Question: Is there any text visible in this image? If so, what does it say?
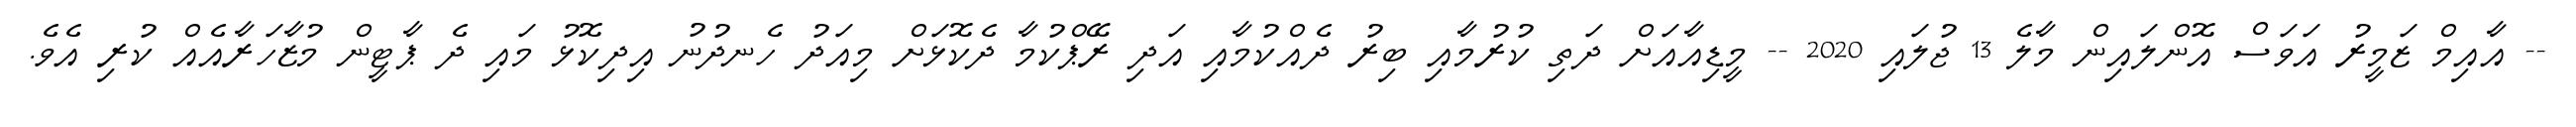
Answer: -- އާއިމް ޒަމީރު އަވަސް އޮންލައިން މާލެ 13 ޖުލައި 2020 -- މީޑިއާއަށް ދަތި ކުރުމާއި ބިރު ދެއްކުމާއި އަދި ރޭޕްކުމާ ދެކޮޅަށް މިއަދު ހެނދުނު އިދިކޮޅު މައި ދެ ޕާޓީން މުޒާހަރާއެއް ކުރި އެވެ.